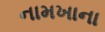
નામખાના